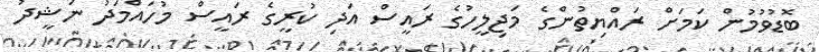
ބޮޑުވުމުން ކަމަށް ރައްޔިތުންގެ މަޖިލީހުގެ ރައީސް އަދި ކުރީގެ ރައީސް މުހައްމަދު ނަޝީދު